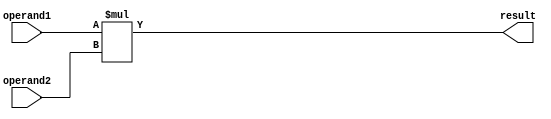
module signed_multiplier(
    input signed [7:0] operand1,
    input signed [7:0] operand2,
    output reg signed [15:0] result
);

always @(*) begin
    result = operand1 * operand2;
end

endmodule